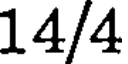
14/4